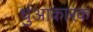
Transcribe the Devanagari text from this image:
धुंआकारक